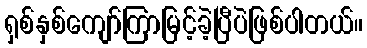
ရှစ်နှစ်ကျော်ကြာမြင့်ခဲ့ပြီပဲဖြစ်ပါတယ်။